Indian journal of veterinary science and animal husbandry - Volume 1,
Year: 1931
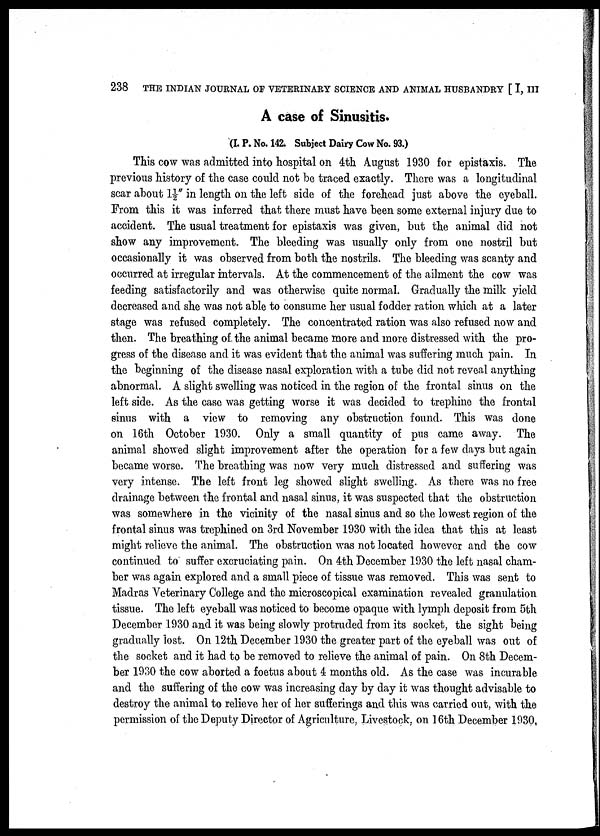
238 THE INDIAN JOURNAL OF VETERINARY SCIENCE AND ANIMAL HUSBANDRY [ I, III
A case of Sinusitis.
(I. P. No. 142. Subject Dairy Cow No. 93.)
This cow was admitted into hospital on 4th August 1930 for epistaxis. The
previous history of the case could not be traced exactly. There was a longitudinal
scar about 1½" in length on the left side of the forehead just above the eyeball.
From this it was inferred that there must have been some external injury due to
accident. The usual treatment for epistaxis was given, but the animal did not
show any improvement. The bleeding was usually only from one nostril but
occasionally it was observed from both the nostrils. The bleeding was scanty and
occurred at irregular intervals. At the commencement of the ailment the cow was
feeding satisfactorily and was otherwise quite normal. Gradually the milk yield
decreased and she was not able to consume her usual fodder ration which at a later
stage was refused completely. The concentrated ration was also refused now and
then. The breathing of the animal became more and more distressed with the pro-
gress of the disease and it was evident that the animal was suffering much pain. In
the beginning of the disease nasal exploration with a tube did not reveal anything
abnormal. A slight swelling was noticed in the region of the frontal sinus on the
left side. As the case was getting worse it was decided to trephine the frontal
sinus with a view to removing any obstruction found. This was done
on 16th October 1930. Only a small quantity of pus came away. The
animal showed slight improvement after the operation for a few days but again
became worse. The breathing was now very much distressed and suffering was
very intense. The left front leg showed slight swelling. As there was no free
drainage between the frontal and nasal sinus, it was suspected that the obstruction
was somewhere in the vicinity of the nasal sinus and so the lowest region of the
frontal sinus was trephined on 3rd November 1930 with the idea that this at least
might relieve the animal. The obstruction was not located however and the cow
continued to suffer excruciating pain. On 4th December 1930 the left nasal cham-
ber was again explored and a small piece of tissue was removed. This was sent to
Madras Veterinary College and the microscopical examination revealed granulation
tissue. The left eyeball was noticed to become opaque with lymph deposit from 5th
December 1930 and it was being slowly protruded from its socket, the sight being
gradually lost. On 12th December 1930 the greater part of the eyeball was out of
the socket and it had to be removed to relieve the animal of pain. On 8th Decem-
ber 1930 the cow aborted a foetus about 4 months old. As the case was incurable
and the suffering of the cow was increasing day by day it was thought advisable to
destroy the animal to relieve her of her sufferings and this was carried out, with the
permission of the Deputy Director of Agriculture, Livestock, on 16th December 1930,